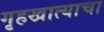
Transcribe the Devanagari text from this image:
गृहखात्याचा